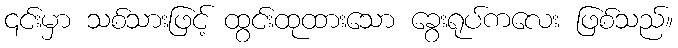
၎င်းမှာ သစ်သားဖြင့် ထွင်းထုထားသော ခွေးရုပ်ကလေး ဖြစ်သည်။